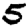
Digit: 5